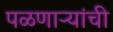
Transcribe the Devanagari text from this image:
पळणाऱ्यांची